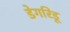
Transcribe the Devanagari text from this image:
डेगरिडू